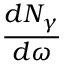
\frac { d N _ { \gamma } } { d \omega }